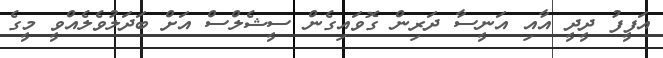
އަފީފު ދީދީ އާއި އަނީސާ ދަރިން ގޮވައިގެން ސީޝެލްްސް އަށް ބަދަލުވެލެއްވީ މީގެ